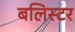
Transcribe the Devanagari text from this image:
बलिस्टर